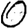
Digit: 0